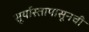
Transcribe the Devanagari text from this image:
सूर्यास्तापासूनची